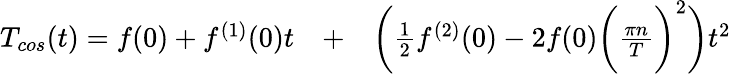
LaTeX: \begin{array}{rlr}{T_{cos}(t)=f(0)+f^{(1)}(0)t}&{{}+}&{\bigg(\frac{1}{2}f^{(2)}(0)-2f(0)\bigg(\frac{\pi n}{T}\bigg)^{2}\bigg)t^{2}}\end{array}